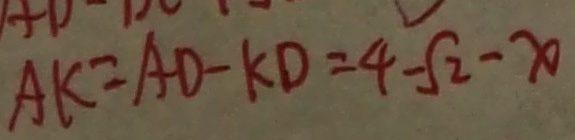
A K = A D - K D = 4 - \sqrt { 2 } - x